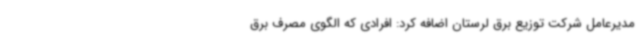
مدیرعامل شرکت توزیع برق لرستان اضافه کرد: افرادی که الگوی مصرف برق